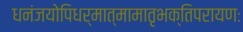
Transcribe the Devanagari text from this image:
धनंजयोपिधर्मात्मामातृभक्तिपरायणः